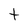
Character: t